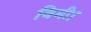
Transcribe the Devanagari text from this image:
विमी।